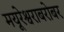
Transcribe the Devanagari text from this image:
मयूरेश्वराबरोबर